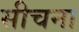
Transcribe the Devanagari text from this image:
सीचना